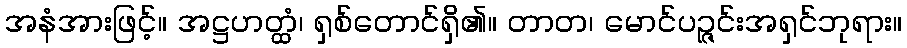
အနံအားဖြင့်။ အဋ္ဌဟတ္ထံ၊ ရှစ်တောင်ရှိ၏။ တာတ၊ မောင်ပဉ္ဇင်းအရှင်ဘုရား။